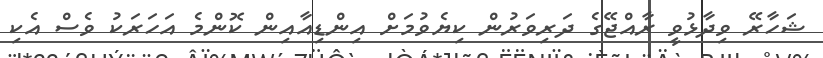
ޝަހާރޭ ވިދާޅުވީ ރާއްޖޭގެ ދަރިވަރުން ކިޔެވުމަށް އިންޑިއާއިން ކޮންމެ އަހަރަކު ވެސް އެކި